Calcutta medical institutions reports 1879-81 [i.e.91]
Year: 1879
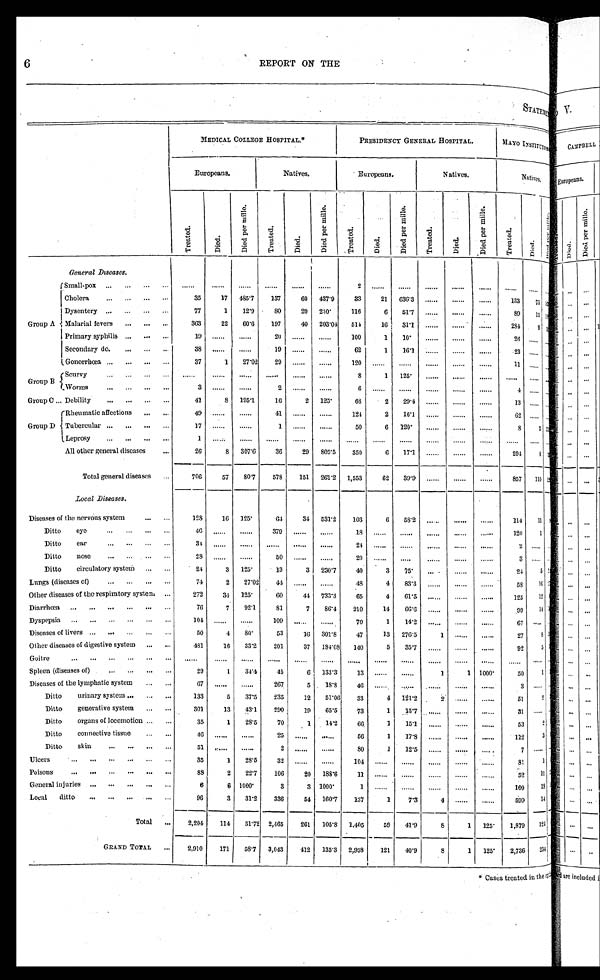
6
REPORT ON THE
S T A T E M E N T
M E D I C A L C O L L E G E H O S P I T A L . *
P R E S I D E N C Y G E N E R A L H O S P I T A L .
M A Y O I N S T I T U T I O N .
E u r o p e a n s .
N a t i v e s .
E u r o p e a n s .
N a t i v e s .
N a t i v e s .
T r e a t e d .
D i e d .
D i e d p e r m i l l e .
T r e a t e d .
Di ed.
D i e d p e r m i l l e .
T r e a t e d .
D i e d .
D i e d p e r m i l l e .
Treated.
D i e d .
D i e d p e r m i l l e .
T r e a t e d .
Died.
D i e d p e r m i l l e .
General Di seases.
Group A
Small-pox
. . .
. . . .
. . .
. . .
. . . . . .
2
. . .
. . .
. . .
. . .
. . .
. . .
. . . . . .
Cholera
3 5
1 7
4 8 5 . 7
1 3 7
6 0
4 3 7 . 9
3 3
2 1
6 3 6 . 3
. . .
. . .
. . .
1 3 3
7 5
Dysentery
7 7
1
1 2 . 9
8 0
2 0
2 5 0
1 1 6
6
5 1 . 7
. . .
. . .
. . .
8 9
1 5
Malarial fevers
3 6 3
2 2
6 0 . 6
1 9 7
4 0
2 0 3 . 0 4
5 1 4
1 6
3 1 . 1
. . .
. . .
. . .
2 8 4
9
Primary syphilis
1 9
. . .
. . .
2 0
. . .
. . .
1 0 0
1
1 0
. . .
. . .
. . .
2 6
. . .
. . .
Secondary do
3 8
. . .
. . .
1 9
. . .
. . .
6 2
1
1 6 . 1
. . .
. . .
. . .
2 3
. . .
. . .
Genorrhœa
3 7
1
2 7 . 0 2
2 9
. . .
. . .
1 2 0
. . .
. . .
. . .
. . .
. . .
1 1
. . .
. . .
Group B
Scurvy
. . .
. . .
. . .
. . .
. . .
. . .
8
1
1 2 5
. . .
. . .
. . .
. . . . . .
. . .
Worms
3
. . .
. . .
2
. . .
. . .
6
. . .
. . .
. . .
. . .
. . .
4
. . .
. . .
Group C
Debility
4 1
8
1 9 5 . 1
1 6
2
1 2 5
6 8
2
2 9 . 4
. . .
. . .
. . .
1 3
. . .
. . .
Group D
Rheumatic affections
4 9
. . .
. . .
4 1
. . .
. . .
1 2 4
2
1 6 . 1
. . .
. . .
. . .
6 2
. . .
. . .
Tubercular
1 7
. . .
. . .
1
. . .
. . .
5 0
6
1 2 0
. . .
. . .
. . .
8
3
Leprosy
1
. . . .
. . .
. . .
. . .
. . .
. . .
. . .
. . .
. . .
. . .
. . .
. . .
. . .
. . .
All other general discases
2 6
8
3 0 7 . 6
3 6
2 9
8 0 5 . 5
3 5 0
6
1 7 . 1
. . .
. . .
. . .
2 0 4
8
Total general diseases
7 0 6
5 7
8 0 . 7
5 7 8
1 5 1
2 6 1 . 2
1 , 5 5 3
6 2
3 9 . 9
. . .
. . .
. . .
8 5 7
1 1 0
Local Di s eas es .
Diseases of the nervous system
1 2 8
1 6
1 2 5
6 4
3 4
5 3 1 . 2
1 0 3
6
5 8 . 2
. . .
. . .
. . .
1 1 4
1 1
Ditto eye
4 6
. . .
. . .
3 7 9
. . .
. . .
1 8
. . .
. . .
. . .
. . .
. . .
1 2 0
1
Ditto ear
3 4
. . .
. . .
. . .
. . .
. . .
2 4
. . .
. . .
. . .
. . .
. . .
2
. . .
. . .
Ditto nose
2 8
. . .
. . .
5 0
. . .
. . .
2 0
. . .
. . .
. . .
. . .
. . .
3
. . .
. . .
Ditto circulatory system
2 4
3
1 2 5
1 3
3
2 3 0 . 7
4 0
3
7 5
. . .
. . .
. . .
2 4
5
Lungs (diseases of)
7 4
2
2 7 . 0 2
4 4
. . .
. . .
4 8
4
8 3 . 3
. . .
. . .
. . .
5 8
1 6
Other diseases of the respiratory system
2 7 2
3 4
1 2 5
6 0
4 4
7 3 3 . 3
6 5
4
6 1 . 5
. . .
. . .
. . .
1 2 5
1 2
Diarrhœa
7 6
7
9 2 . 1
8 1
7
8 6 . 4
2 1 0
1 4
6 6 . 6
. . .
. . .
. . .
9 9
1 4
Dyspepsia
1 0 4
. . .
. . .
1 0 9
. . .
. . .
7 0
1
1 4 . 2
. . .
. . .
. . .
6 7
. . . . . .
Diseases of livers
5 0
4
8 0
5 3
1 6
3 0 1 . 8
4 7
1 3
2 7 6 . 5
1
. . .
. . .
2 7
8
Other diseases of digestive system
4 8 1
1 6
3 3 . 2
2 0 1
3 7
1 8 4 . 0 8
1 4 0
5
3 5 . 7
. . .
. . .
. . .
9 2
5
Goitre
. . .
. . .
. . .
. . .
. . .
. . .
. . .
. . .
. . .
. . .
. . .
. . .
. . .
. . . . . .
Spleen (diseases of)
2 9
1
3 4 . 4
4 5
6
1 3 3 . 3
1 3
. . .
. . .
1
1
1 0 0 0
5 0
1
Diseases of the lymphatic system
6 7
. . .
. . .
2 6 7
5
1 8 . 8
4 6
. . .
. . .
. . .
. . .
. . .
3
. . . . . .
Ditto urinary system
1 3 3
5
3 7 . 5
2 3 5
1 2
5 1 . 0 6
3 3
4
1 2 1 . 2
2
. .
. . .
5 1
2
Ditto generative system
3 0 1
1 3
4 3 . 1
2 9 0
1 9
6 5 . 5
7 3
1
1 3 . 7
. . .
. . .
. . .
3 1
. . . . . .
Ditto organs of locomotion
3 5
1
2 8 . 5
7 0
1
1 4 . 2
6 6
1
1 5 . 1
. . .
. . .
. . .
5 3
2
Ditto connective tissue
4 6
. . .
. . .
2 5
. . .
. . .
5 6
1
1 7 . 8
. . .
. . .
. . .
1 1 2
3
Ditto skin
5 1
. . .
. . .
2
. . .
. . .
8 0
1
1 2 . 5
. . .
. . .
. . .
7
. . . . . .
Ulcers
3 5
1
2 8 . 5
3 2
. . .
. . .
1 0 4
. . .
. . .
. . .
. . .
. . .
8 1
1
Poisons
8 8
2
2 2 . 7
1 0 6
2 0
1 8 8 . 6
1 1
. . .
. . .
. . .
. . .
. . .
5 2
1 1
General injuries
6
6
1 0 0 0
3
3
1 0 0 0
1
. . .
. . .
. . .
. . .
. . .
1 0 9
1 8
Local ditto
9 6
3
3 1 . 2
3 3 6
5 4
1 6 0 . 7
1 3 7
1
7 . 3
4
. . .
. . .
5 9 9
1 4
T o t a l
2 , 2 0 4
1 1 4
5 1 . 7 2
2 , 4 6 5
2 6 1
1 0 5 . 8
1 . 4 0 5
5 9
4 1 . 9
8
1
1 2 5
1 , 8 7 9
1 2 4
G R A N D T O T A L
2 , 9 1 0
1 7 1
5 8 . 7
3 , 0 4 3
4 1 2
1 3 5 . 3
2 , 9 5 8
1 2 1
4 0 . 9
8
1
1 2 5
2 , 7 3 6
2 3 4
I
* Cases treated in the cil